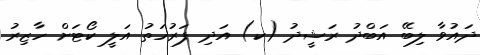
ދައުވާ ލިބޭ އަބްދު ރަޝީދު (ކ) އަދި ފަރުހަތު އަލީ ކޯޓަށް ހާޒިރު